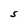
Character: S